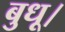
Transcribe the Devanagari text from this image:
बुधू।